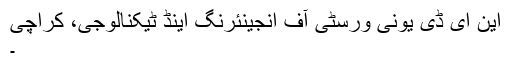
این ای ڈی یونی ورسٹی آف انجینئرنگ اینڈ ٹیکنالوجی، کراچی
۔